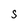
Character: S